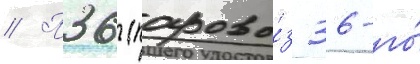
// П36 (парово́з 36-го́